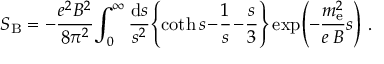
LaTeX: S _ { \mathrm { B } } = - \frac { e ^ { 2 } B ^ { 2 } } { 8 \pi ^ { 2 } } \! \int _ { 0 } ^ { \infty } \frac { \mathrm { d } s } { s ^ { 2 } } \! \left\{ \coth s \! - \! \frac { 1 } { s } \! - \! \frac { s } { 3 } \right\} \exp \! \left( - \frac { m _ { \mathrm { e } } ^ { 2 } } { e \, B } s \right) \, .